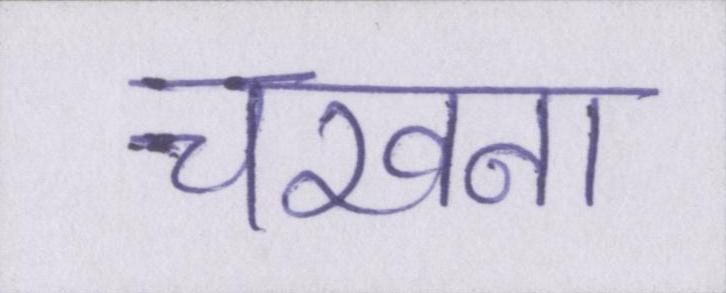
चखना